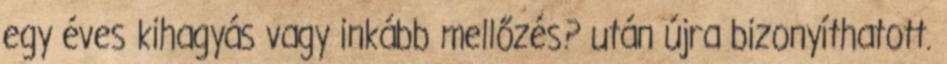
egy éves kihagyás vagy inkább mellőzés? után újra bizonyíthatott.